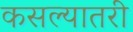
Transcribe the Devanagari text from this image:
कसल्यातरी